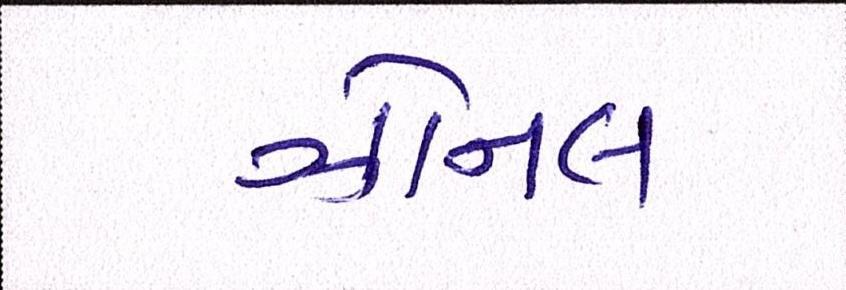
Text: ઝોનલ